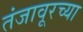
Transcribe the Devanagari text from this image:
तंजावूरच्या